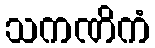
သကဏိကံ